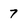
Character: 7